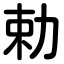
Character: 勅